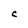
Character: C